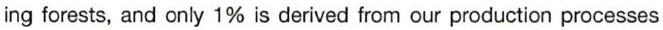
ing forests, and only 1% is derived from our production processes